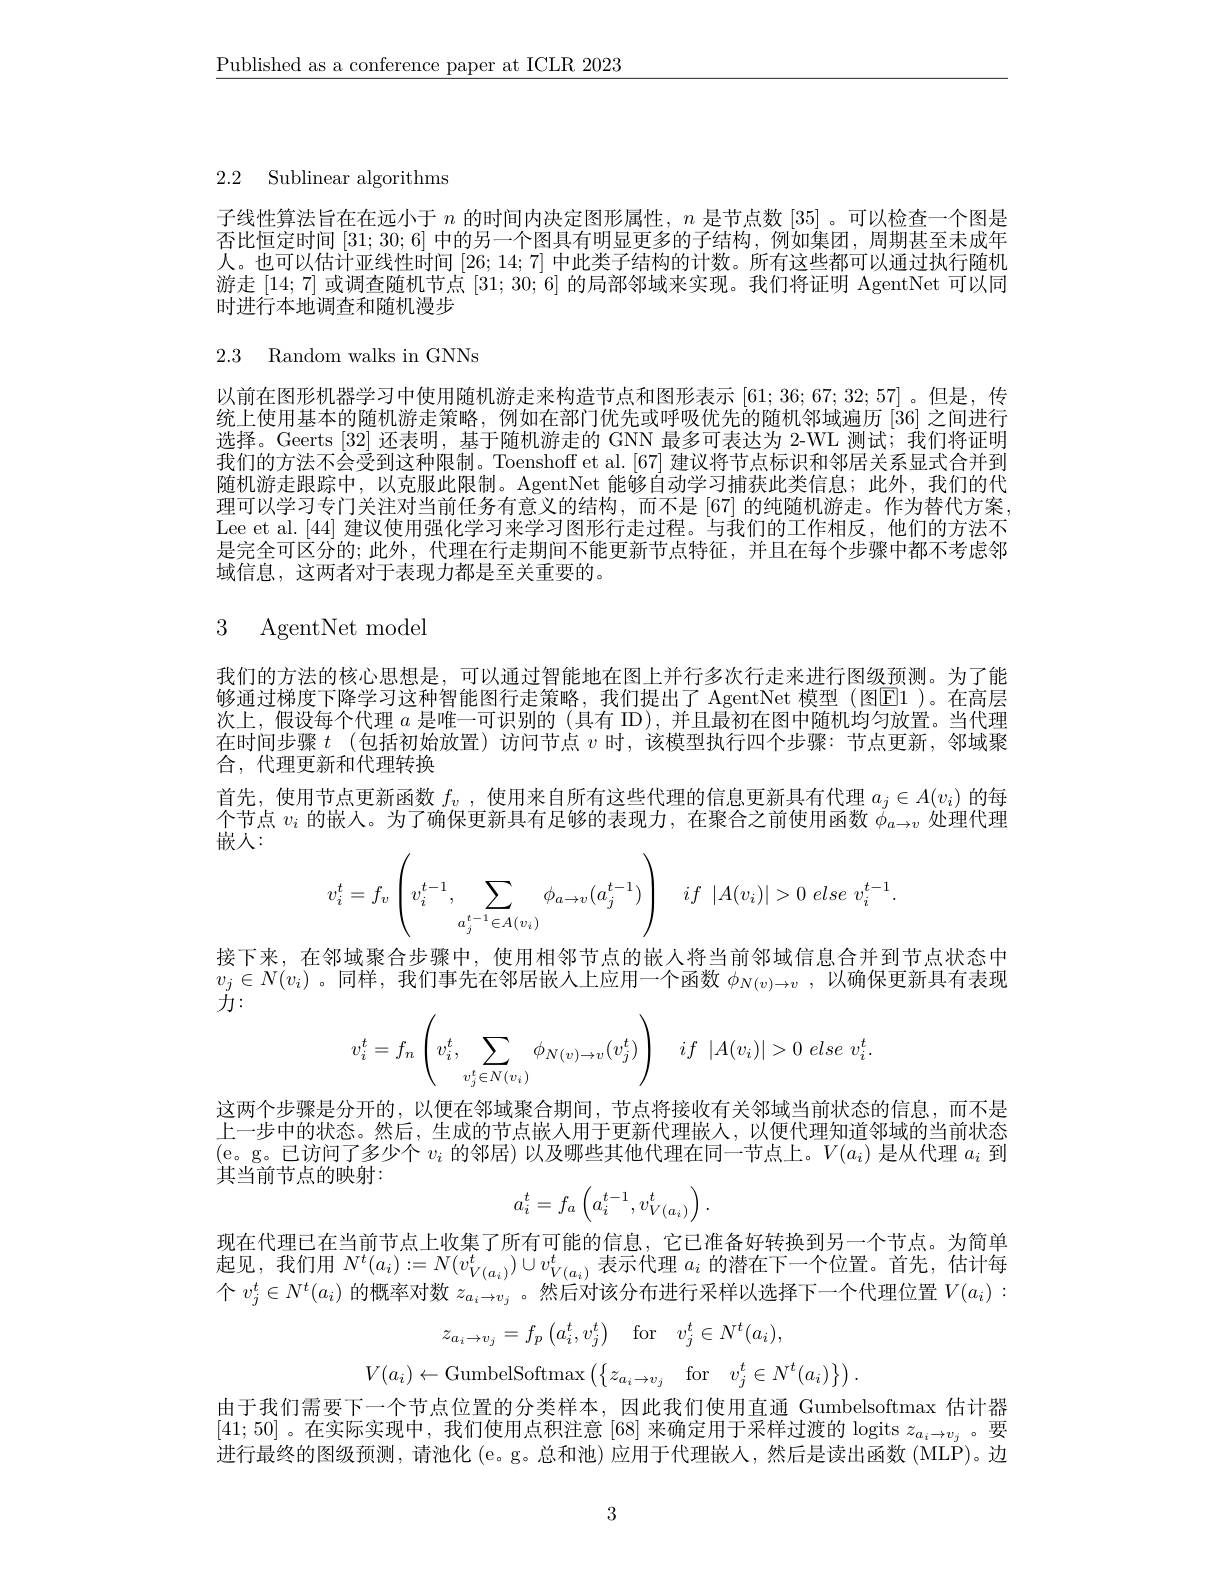
$\underline{\text{Published as a conference paper at ICLR 2023}}$

2.2 Sublinear algorithms

子线性算法旨在在远小于$n$的时间内决定图形属性，$n$是节点数 [35]。可以检查一个图是否比恒定时间[31;30;6]中的另一个图具有明显更多的子结构，例如集团，周期甚至未成年人。也可以估计亚线性时间[26;14;7]中此类子结构的计数。所有这些都可以通过执行随机游走[14;7]或调查随机节点[31;30;6]的局部邻域来实现。我们将证明 AgentNet 可以同时进行本地调查和随机漫步

2.3 Random walks in GNNs

以前在图形机器学习中使用随机游走来构造节点和图形表示 [61; 36; 67; 32; 57] 。但是，传统上使用基本的随机游走策略，例如在部门优先或呼吸优先的随机邻域遍历 [36] 之间进行选择。Geerts [32] 还表明，基于随机游走的 GNN 最多可表达为 2-WL 测试；我们将证明我们的方法不会受到这种限制。Toenshoff et al. [67] 建议将节点标识和邻居关系显式合并到随机游走跟踪中，以克服此限制。AgentNet 能够自动学习捕获此类信息；此外，我们的代理可以学习专门关注对当前任务有意义的结构，而不是 [67] 的纯随机游走。作为替代方案， Lee et al.[44] 建议使用强化学习来学习图形行走过程。与我们的工作相反，他们的方法不是完全可区分的；此外，代理在行走期间不能更新节点特征，并且在每个步骤中都不考虑邻域信息，这两者对于表现力都是至关重要的。

# 3 AgentNet model

我们的方法的核心思想是，可以通过智能地在图上并行多次行走来进行图级预测。为了能够通过梯度下降学习这种智能图行走策略，我们提出了 AgentNet 模型 (图E1)。在高层次上，假设每个代理$a$是唯一可识别的 (具有 ID),并且最初在图中随机均匀放置。当代理在时间步骤$t$ (包括初始放置)访问节点$v$时，该模型执行四个步骤：节点更新，邻域聚合，代理更新和代理转换
首先，使用节点更新函数$f_v$ , 使用来自所有这些代理的信息更新具有代理$a_j\in A(v_i)$的每个节点$v_i$的嵌人。为了确保更新具有足够的表现力，在聚合之前使用函数$\dot{\phi}_{a\to v}$处理代理嵌入：
$$v_i^t=f_v\left(v_i^{t-1},\sum_{a_j^{t-1}\in A(v_i)}\phi_{a\to v}(a_j^{t-1})\right)\quad if\:|A(v_i)|>0\:else\:v_i^{t-1}.$$
接下来，在邻域聚合步骤中，使用相邻节点的嵌人将当前邻域信息合并到节点状态中$v_j\in N(v_i)$。同样，我们事先在邻居嵌人上应用一个函数$\phi_{N(v)\to v}$ ,以确保更新具有表现${\text{ガ}:}$
$$v_i^t=f_n\left(v_i^t,\sum_{v_j^t\in N(v_i)}\phi_{N(v)\to v}(v_j^t)\right)\quad if\:|A(v_i)|>0\:else\:v_i^t.$$
这两个步骤是分开的，以便在邻域聚合期间，节点将接收有关邻域当前状态的信息，而不是上一步中的状态。然后，生成的节点嵌人用于更新代理嵌人，以便代理知道邻域的当前状态$\begin{array}{c}(\mathrm{e。g。已访问了多少个}v_i\text{ 的邻居)以及哪些其他代理在同一节点上。}V(a_i)\text{ 是从代理 }a_i\end{array}$到其当前节点的映射：
$$a_i^t=f_a\left(a_i^{t-1},v_{V(a_i)}^t\right).$$
现在代理已在当前节点上收集了所有可能的信息，它已准备好转换到另一个节点。为简单起见，我们用$N^t(a_i):=N(v_{V(a_i)}^t)\cup v_{V(a_i)}^t$表示代理$a_i$的潜在下一个位置。首先，估计每个$v_j^t\in N^t(a_i)$的概率对数$z_{a_i\to v_j}$ 。然后对该分布进行采样以选择下一个代理位置$V(a_i):$
$$z_{a_{i}\to v_{j}}=f_{p}\left(a_{i}^{t},v_{j}^{t}\right)\quad\mathrm{for}\quad v_{j}^{t}\in N^{t}(a_{i}),$$
$$V(a_{i})\leftarrow\mathrm{GumbelSoftmax}\left(\left\{z_{a_{i}\rightarrow v_{j}}\quad\mathrm{for}\quad v_{j}^{t}\in N^{t}(a_{i})\right\}\right).$$
由于我们需要下一个节点位置的分类样本，因此我们使用直通 Gumbelsoftmax 估计器[41;50] 。在实际实现中，我们使用点积注意[68]来确定用于采样过渡的 logits $z_a_i\to v_j$ 。要进行最终的图级预测，请池化(e。g。总和池)应用于代理嵌人，然后是读出函数 (MLP)。边

3